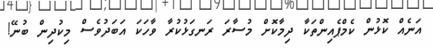
އަނެއް ކޮޅުން ކެމްޕެއިންތަކާ ދިމާކޮށް މުސާރަ ރަނގަޅުކުރާ ވާހަކަ އަބަދުވެސް މިކުދިން ބުނޭ!